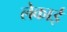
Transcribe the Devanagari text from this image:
लेकाई